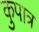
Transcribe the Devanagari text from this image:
कुपात्र